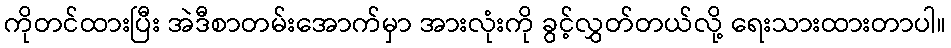
ကိုတင်ထားပြီး အဲဒီစာတမ်းအောက်မှာ အားလုံးကို ခွင့်လွှတ်တယ်လို့ ရေးသားထားတာပါ။